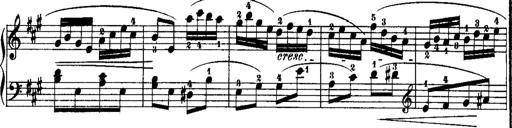
Title: Rondos and Sonatinas for Pianoforte
Composer: Daniel Steibelt